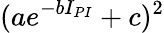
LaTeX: (ae^{-bI_{PI}}+c)^{2}